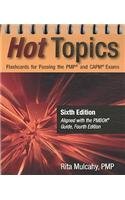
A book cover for Hot Topics Flashcards for Passing the Pmp and Capm Exam S; Rita Mulcahy; Test Preparation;